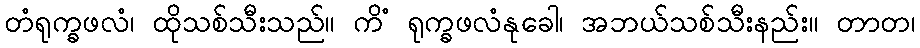
တံရုက္ခဖလံ၊ ထိုသစ်သီးသည်။ ကိံ ရုက္ခဖလံနုခေါ၊ အဘယ်သစ်သီးနည်း။ တာတ၊